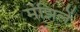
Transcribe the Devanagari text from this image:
मंझिलें